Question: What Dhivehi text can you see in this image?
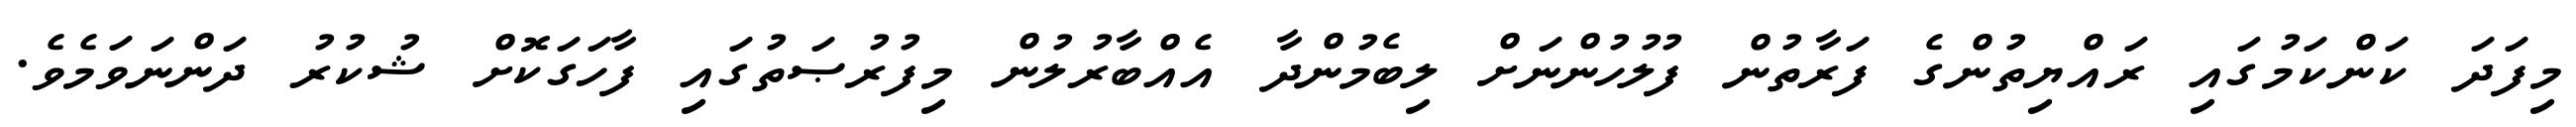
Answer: މިފަދަ ކަންކަމުގައި ރައްޔިތުންގެ ފަރާތުން ފުލުހުންނަށް ލިބެމުންދާ އެއްބާރުލުން މިފުރުޞަތުގައި ފާހަގަކޮށް ޝުކުރު ދަންނަވަމެވެ.